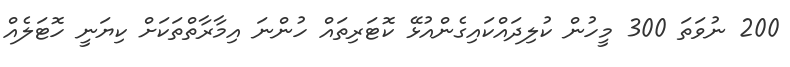
200 ނުވަތަ 300 މީހުން ކުލިދައްކައިގެންއުޅޭ ކޮޓަރިތަައް ހުންނަ އިމާރާތްތަކަށް ކިޔަނީ ހޮޓަލެއް